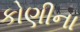
કોણીના